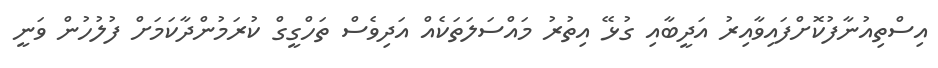
އިސްތިއުނާފުކޮށްފައިވާއިރު އަދީބާއި ގުޅޭ އިތުރު މައްސަލަތަކެއް އަދިވެސް ތަހްގީގް ކުރަމުންދާކަމަށް ފުލުހުން ވަނީ